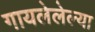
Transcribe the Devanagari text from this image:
गायलेलेल्या